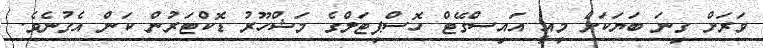
ވަރަށް ގިނަ ބަޔަކަށް މިއީ އައިސްގޭޓް ހޮސްޕިޓަލްގެ މަޝްހޫރު ޑޮކްޓަރުން ކަން އެގުނެވެ.